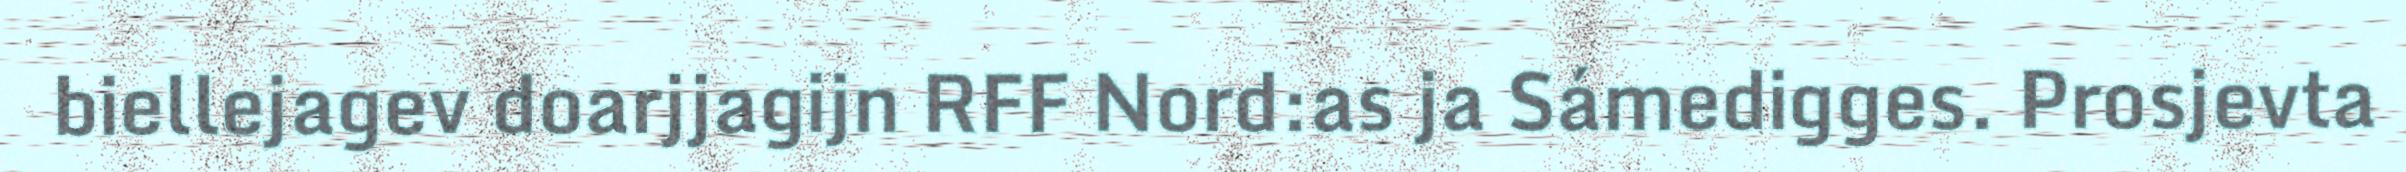
biellejagev doarjjagijn RFF Nord:as ja Sámedigges. Prosjevta